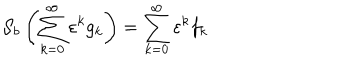
{ \cal S } _ { b } \left( \sum _ { k = 0 } ^ { \infty } \varepsilon ^ { k } g _ { k } \right) = \sum _ { k = 0 } ^ { \infty } \varepsilon ^ { k } f _ { k }